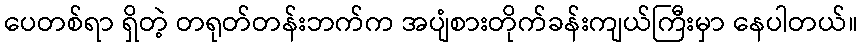
ပေတစ်ရာ ရှိတဲ့ တရုတ်တန်းဘက်က အပျံစားတိုက်ခန်းကျယ်ကြီးမှာ နေပါတယ်။